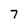
Character: 7